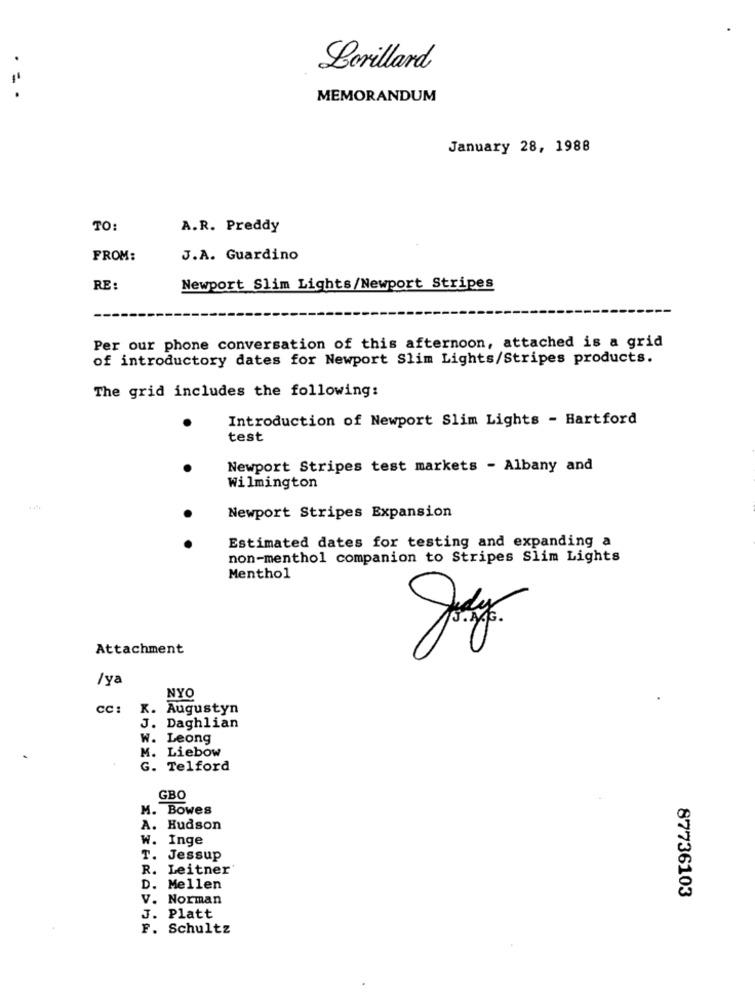
Lorillard
MEMORANDUM
January 28, 1988
TO:
A.R. Preddy
FROM:
J.A. Guardino
RE:
Newport Slim Lights/Newport Stripes
Per our phone conversation of this afternoon, attached is a grid
of introductory dates for Newport Slim Lights/Stripes products.
The grid includes the following:
Introduction of Newport Slim Lights - Hartford
test
Newport Stripes test markets - Albany and
Wilmington
Newport Stripes Expansion
Estimated dates for testing and expanding a
non-menthol companion to Stripes Slim Lights
Menthol
Attachment
/ya
NYO
CC :
K. Augustyn
J. Daghlian
W. Leong
M. Liebow
G. Telford
GBO
M. Bowes
A. Hudson
W. Inge
T. Jessup
R.
Leitner
D.
Mellen
87736103
V. Norman
J. Platt
F. Schultz